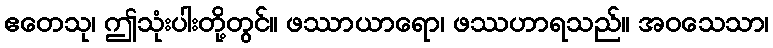
ဧတေသု၊ ဤသုံးပါးတို့တွင်။ ဖဿာယာရော၊ ဖဿဟာရသည်။ အဝသေသာ၊